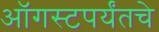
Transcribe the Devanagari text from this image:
ऑगस्टपर्यंतचे